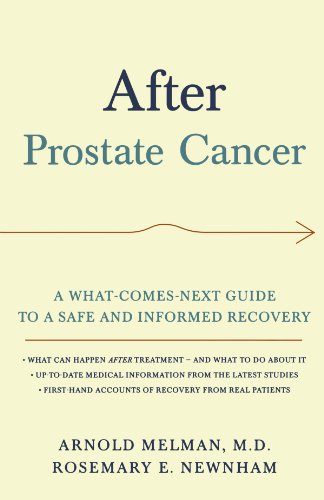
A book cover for After Prostate Cancer: A What-Comes-Next Guide to a Safe and Informed Recovery; Arnold Melman; Health, Fitness & Dieting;